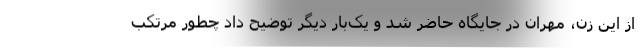
از این زن، مهران در جایگاه حاضر شد و یک‌بار دیگر توضیح داد چطور مرتکب